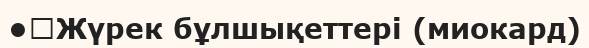
•	Жүрек бұлшықеттері (миокард)